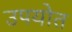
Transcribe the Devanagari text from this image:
उपयोत